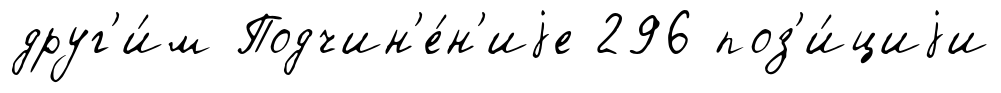
друг'и́м Подчин'е́н'иjе 296 поз'и́циjи